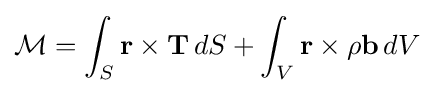
{\mathcal {M}}=\int _{S}\mathbf {r} \times \mathbf {T} \,dS+\int _{V}\mathbf {r} \times \rho \mathbf {b} \,dV